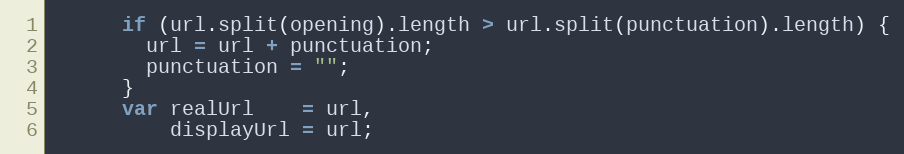
Language: JavaScript
      if (url.split(opening).length > url.split(punctuation).length) {
        url = url + punctuation;
        punctuation = "";
      }
      var realUrl    = url,
          displayUrl = url;